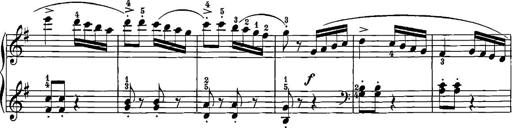
Title: 12 Sonatinas
Composer: Ignaz Pleyel